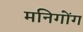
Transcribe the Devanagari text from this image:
मनिगोंग